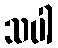
သပါ